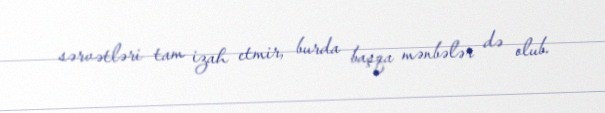
sərvətləri tam izah etmir, burda başqa mənbələr də olub.